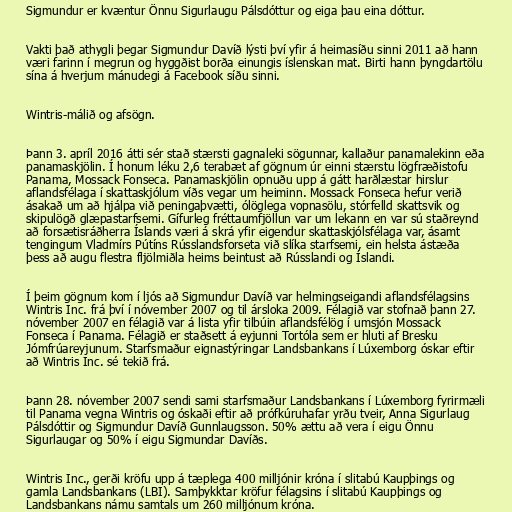
Sigmundur er kvæntur Önnu Sigurlaugu Pálsdóttur og eiga þau eina dóttur.

Vakti það athygli þegar Sigmundur Davíð lýsti því yfir á heimasíðu sinni 2011 að hann
væri farinn í megrun og hyggðist borða einungis íslenskan mat. Birti hann þyngdartölu
sína á hverjum mánudegi á Facebook síðu sinni.

Wintris-málið og afsögn.

Þann 3. apríl 2016 átti sér stað stærsti gagnaleki sögunnar, kallaður panamalekinn eða
panamaskjölin. Í honum léku 2,6 terabæt af gögnum úr einni stærstu lögfræðistofu
Panama, Mossack Fonseca. Panamaskjölin opnuðu upp á gátt harðlæstar hirslur
aflandsfélaga í skattaskjólum víðs vegar um heiminn. Mossack Fonseca hefur verið
ásakað um að hjálpa við peningaþvætti, ólöglega vopnasölu, stórfelld skattsvik og
skipulögð glæpastarfsemi. Gífurleg fréttaumfjöllun var um lekann en var sú staðreynd
að forsætisráðherra Íslands væri á skrá yfir eigendur skattaskjólsfélaga var, ásamt
tengingum Vladmírs Pútíns Rússlandsforseta við slíka starfsemi, ein helsta ástæða
þess að augu flestra fljölmiðla heims beintust að Rússlandi og Íslandi.

Í þeim gögnum kom í ljós að Sigmundur Davíð var helmingseigandi aflandsfélagsins
Wintris Inc. frá því í nóvember 2007 og til ársloka 2009. Félagið var stofnað þann 27.
nóvember 2007 en félagið var á lista yfir tilbúin aflandsfélög í umsjón Mossack
Fonseca í Panama. Félagið er staðsett á eyjunni Tortóla sem er hluti af Bresku
Jómfrúareyjunum. Starfsmaður eignastýringar Landsbankans í Lúxemborg óskar eftir
að Wintris Inc. sé tekið frá.

Þann 28. nóvember 2007 sendi sami starfsmaður Landsbankans í Lúxemborg fyrirmæli
til Panama vegna Wintris og óskaði eftir að prófkúruhafar yrðu tveir, Anna Sigurlaug
Pálsdóttir og Sigmundur Davíð Gunnlaugsson. 50% ættu að vera í eigu Önnu
Sigurlaugar og 50% í eigu Sigmundar Davíðs.

Wintris Inc., gerði kröfu upp á tæplega 400 milljónir króna í slitabú Kaupþings og
gamla Landsbankans (LBI). Samþykktar kröfur félagsins í slitabú Kaupþings og
Landsbankans námu samtals um 260 milljónum króna.